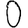
Digit: 0